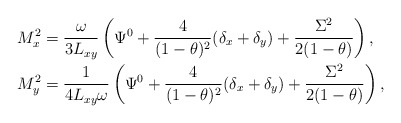
\begin{align*}M_x^2&=\frac{\omega}{3L_{xy}}\left(\Psi^0 + \frac{4}{(1-\theta)^2}(\delta_x+\delta_y)+\frac{\Sigma^2}{2(1-\theta)}\right),\\M_y^2&=\frac{1}{4L_{xy}\omega}\left(\Psi^0 + \frac{4}{(1-\theta)^2}(\delta_x+\delta_y)+\frac{\Sigma^2}{2(1-\theta)}\right),\end{align*}